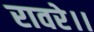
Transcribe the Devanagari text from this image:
रावरे।।